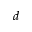
d